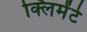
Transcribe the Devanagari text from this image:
क्लिमेंटे